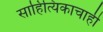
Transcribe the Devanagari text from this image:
साहित्यिकाचाही